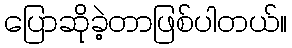
ပြောဆိုခဲ့တာဖြစ်ပါတယ်။